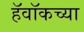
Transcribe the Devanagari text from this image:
हॅवॉकच्या